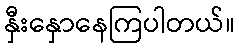
နှီးနှောနေကြပါတယ်။